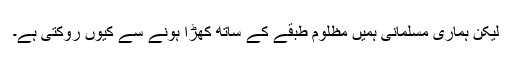
لیکن ہماری مسلمانی ہمیں مظلوم طبقے کے ساتھ کھڑا ہونے سے کیوں روکتی ہے۔